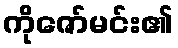
ကိုဇော်မင်း၏